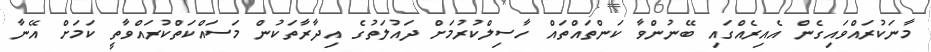
މާނަކުރައްވައިގެން އެއިރެއްގައި ބޭނުންވާ ކަންތައްތައް ހާސިލްކުރުމަށް ދައުލަތުގެ އިދާރާތަކުން މަސައްކަތްކުރައްވާތީ ކަމަށް އޭނާ